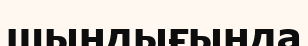
шындығында